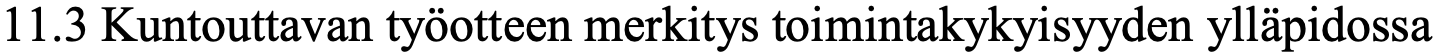
11.3 Kuntouttavan työotteen merkitys toimintakykyisyyden ylläpidossa